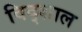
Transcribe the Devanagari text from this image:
विद्शाल